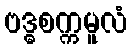
ဗဒ္ဓစက္ကမူလံ